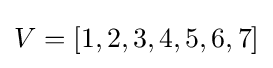
V=[1,2,3,4,5,6,7]